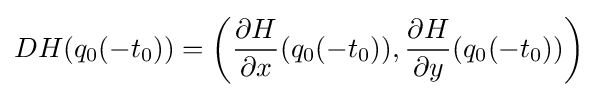
DH(q_{0}(-t_{0}))=\left({\dfrac {\partial H}{\partial x}}(q_{0}(-t_{0})),{\dfrac {\partial H}{\partial y}}(q_{0}(-t_{0}))\right)